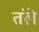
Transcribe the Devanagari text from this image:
तंले